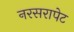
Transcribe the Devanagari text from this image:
नरसरापेट